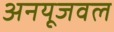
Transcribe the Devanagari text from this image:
अनयूजवल